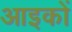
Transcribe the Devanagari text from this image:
आइकों